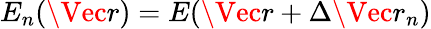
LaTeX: E_{n}(\Vec{r})=E(\Vec{r}+\Delta\Vec{{r}_{n}})